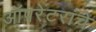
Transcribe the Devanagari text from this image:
ऑपरेटरांचे